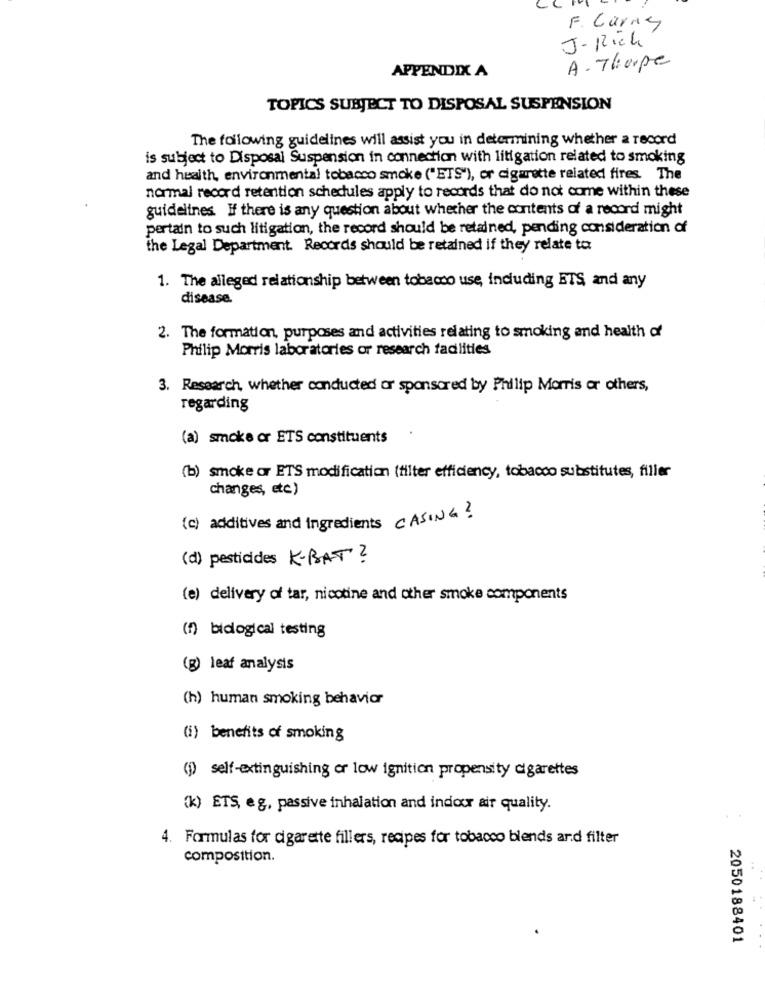
F. Carry
J-Rich
A. Thorpe
APPENDIX A
TOPICS SUBJECT TO DISPOSAL SUSPENSION
The following guidelines will assist you in determining whether a record
is subject to Disposal Suspension in connection with litigation related to smoking
and health, environmental tobacco smoke ("ETS"), or cigarette related fires. The
normal record retention schedules apply to records that do not come within these
guidelines If there is any question about whether the contents of a record might
pertain to such litigation, the record should be retained, pending consideration of
the Legal Department. Records should be retained if they relate to
1. The alleged relationship between tobacco use, including ETS, and any
disease.
2. The formation, purposes and activities relating to smoking and health of
Philip Morris laboratories or research facilities
3. Research, whether conducted or sponsored by Philip Morris or others,
regarding
(a) smoke or ETS constituents
.
(b) smoke or ETS modification (tilter efficiency, tobacco substitutes, filler
changes, etc)
(c) additives and Ingredients CASING ?
(d) pesticides K-BAT ?
(e) delivery of tar, nicotine and other smoke components
(f) bidogical testing
(g) leaf analysis
(h) human smoking behavior
(i) benefits of smoking
(1) self-extinguishing or low ignition propensity cigarettes
(k) ETS, eg, passive inhalation and indoor air quality.
4. Formulas for cigarette fillers, recipes for tobacco blends and filter
composition.
2050188401